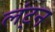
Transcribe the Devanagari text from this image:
लंट्न